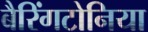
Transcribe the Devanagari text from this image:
बैरिंगटोनिया